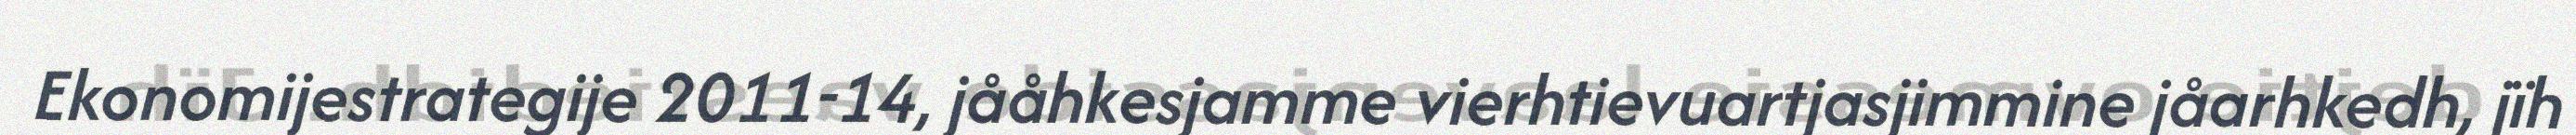
Ekonomijestrategije 2011-14, jååhkesjamme vierhtievuartjasjimmine jåarhkedh, jïh